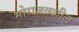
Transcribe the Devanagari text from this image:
भोराजवळील